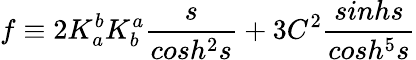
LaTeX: f\equiv 2K_{a}^{b}K_{b}^{a}\frac{s}{cosh^{2}s}+3C^{2}\frac{sinhs}{cosh^{5}s}